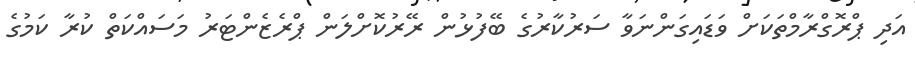
އަދި ޕްރޮގްރާމްތަކަށް ވަޑައިގަންނަވާ ސަރުކާރުގެ ބޭފުޅުން ރޭރުކޮށްލަން ޕްރެޒެންޓަރު މަސައްކަތް ކުރާ ކަމުގެ